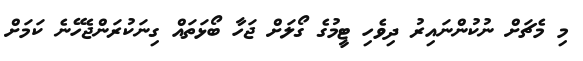
މި މެޗަށް ނުކުންނައިރު ދިވެހި ޓީމުގެ ގޯލަށް ޖަހާ ބޯޅަތައް ގިނަކުރަންޖެހޭނެ ކަމަށް